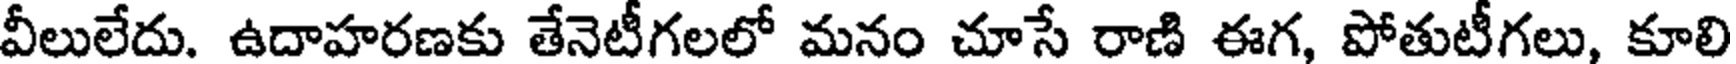
వీలులేదు. ఉదాహరణకు తేనెటీగలలో మనం చూసే రాణి ఈగ, పోతుటీగలు, కూలి